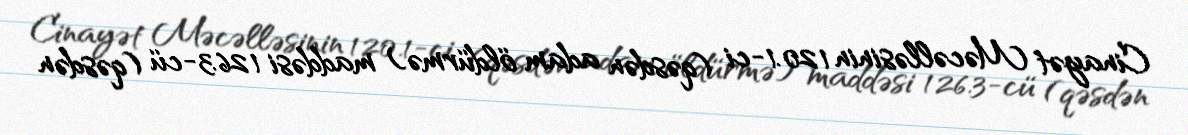
Cinayət Məcəlləsinin 120.1-ci (qəsdən adam öldürmə) maddəsi 126.3-cü (qəsdən